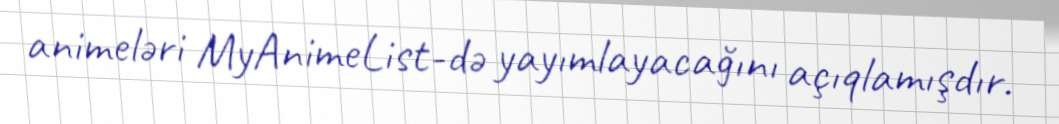
animeləri MyAnimeList-də yayımlayacağını açıqlamışdır.